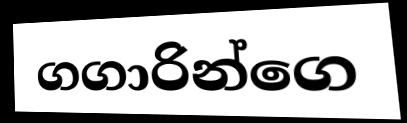
ගගාරින්ගෙ